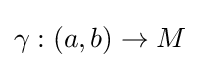
\gamma :(a,b)\rightarrow M